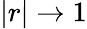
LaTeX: |r|\rightarrow 1